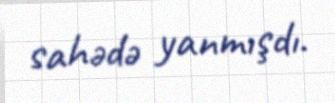
sahədə yanmışdı.